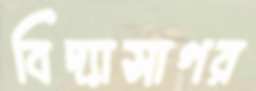
বিদ্যাসাগর